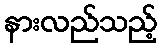
နားလည်သည့်